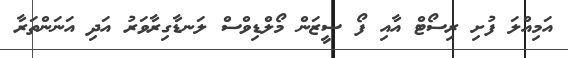
އަމިއްލަ ފުށި ރިސޯޓް އާއި ފޯ ސީޒަން މޯލްޑިވްސް ލަނޑާގިރާވަރު އަދި އަނަންތަރާ